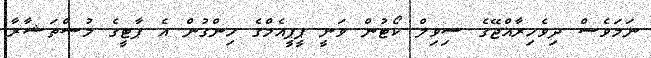
ނަމަވެސް ދިވެހިރާއްޖޭގެ ސިވިލް ކޯޓުން ވަނީ ޕީޕީއެމްގެ ހިންގުން އެ ޕާޓީގެ މުސްތަޝާރާ